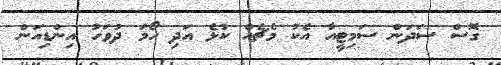
ގޮސް ސަދަން ސަމިޓީއާ އެކު މެޗެއް ކުޅެ އަދި ހޯމަ ދުވަހު އިންޑިއަން